Report of the Indian Hemp Drugs Commission, 1894-1895 - Volume III
Year: 1894
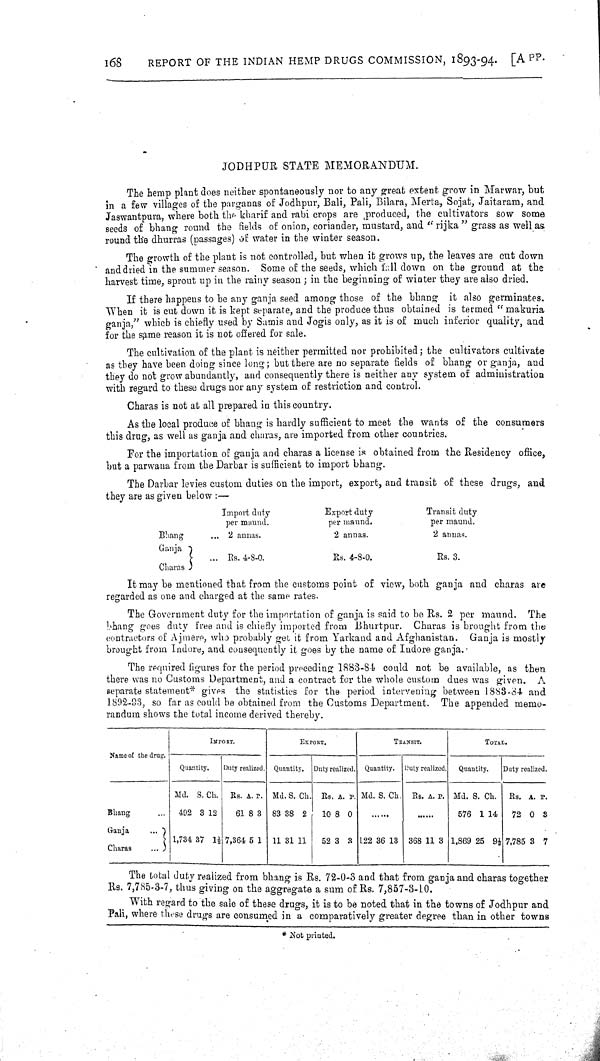
168
REPORT OF THE INDIAN HEMP DRUGS COMMISSION, 1893-94. [APP.
JODHPUR STATE MEMORANDUM.
The hemp plant does neither spontaneously nor to any great extent grow in Marwar, but
in a few villages of the parganas of Jodhpur, Bali, Pali, Bilara, Merta, Sojat, Jaitaram, and
Jaswantpura, where both the kharif and rabi crops are produced, the cultivators sow some
seeds of bhang round the fields of onion, coriander, mustard, and "rijka" grass as well as
round the dhurras (passages) of water in the winter season.
The growth of the plant is not controlled, but when it grows up, the leaves are cut down
and dried in the summer season. Some of the seeds, which fall down on the ground at the
harvest time, sprout up in the rainy season; in the beginning of winter they are also dried.
If there happens to be any ganja seed among those of the bhang it also germinates.
When it is cut down it is kept separate, and the produce thus obtained is termed "makuria
ganja," which is chiefly used by Samis and Jogis only, as it is of much inferior quality, and
for the same reason it is not offered for sale.
The cultivation of the plant is neither permitted nor prohibited; the cultivators cultivate
as they have been doing since long; but there are no separate fields of bhang or ganja, and
they do not grow abundantly, and consequently there is neither any system of administration
with regard to these drugs nor any system of restriction and control.
Charas is not at all prepared in this country.
As the local produce of bhang is hardly sufficient to meet the wants of the consumers
this drug, as well as ganja and charas, are imported from other countries.
For the importation of ganja and charas a license is obtained from the Residency office,
but a parwana from the Darbar is sufficient to import bhang.
The Darbar levies custom duties on the import, export, and transit of these drugs, and
they are as given below:—
Import duty
Export duty
Transit duty
per maund.
per maund.
per maund.
Bhang
2 annas.
2 annas.
2 annas.
Ganja
Charas
Rs.
4-8-0.
Rs. 4-8-0.
Rs. 3.
It may be mentioned that from the customs point of view, both ganja and charas are
regarded as one and charged at the same rates.
The Government duty for the importation of ganja is said to be Rs. 2 per maund. The
bhang goes duty free and is chiefly imported from Bhurtpur. Charas is brought from the
contractors of Ajmere, who probably get it from Yarkand and Afghanistan. Ganja is mostly
brought from Indore, and consequently it goes by the name of Indore ganja.
The required figures for the period preceding 1883-84 could not be available, as then
there was no Customs Department, and a contract for the whole custom dues was given. A
separate statement* gives the statistics for the period intervening between 1883-84 and
1892-93, so far as could be obtained from the Customs Department. The appended memo-
randum shows the total income derived thereby.
Name of the drug.
IMPORT.
EXPORT.
TRANSIT.
TOTAL.
Name of the drug.
Quantity.
Duty realized. Quantity. Duty realized. Quantity. Duty realized.
Quantity.
Duty realized.
Md. S. Ch. Rs. A. P. Md. S. Ch. Rs. A. P. Md. S. Ch. Rs. A. P. Md. S. Ch. Rs. A. P.
Bhang
492 3 12
61 8 3 83 38 2
10 8 0
576 1 14 72 0 3
Ganja
Charas
1,734 37 11/2 7,364 5 1 11 31 11 52 3 3 122 36 13 368 11 3 1,869 25 91/2 7,785 3 7
The total duty realized from bhang is Rs. 72-0-3 and that from ganja and charas together
Rs. 7,785-3-7, thus giving on the aggregate a sum of Rs. 7,857-3-10.
With regard to the sale of these drugs, it is to be noted that in the towns of Jodhpur and
Pali, where these drugs are consumed in a comparatively greater degree than in other towns
*Not printed.